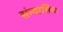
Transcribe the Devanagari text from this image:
संन्यासिनः